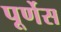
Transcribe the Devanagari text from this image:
पूर्णेस